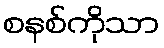
စနစ်ကိုသာ